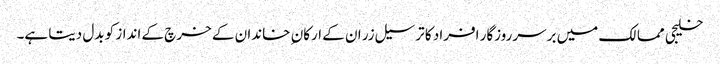
خلیجی ممالک میں برسرروزگار افراد کا ترسیل زر ان کے ارکان ِ خاندان کے خرچ کے انداز کو بدل دیتا ہے۔